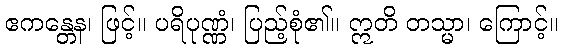
ဧကန္တေန၊ ဖြင့်။ ပရိပုဏ္ဏံ၊ ပြည့်စုံ၏။ ဣတိ တသ္မာ၊ ကြောင့်။